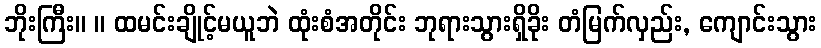
ဘိုးကြီး။ ။ ထမင်းချိုင့်မယူဘဲ ထုံးစံအတိုင်း ဘုရားသွားရှိခိုး တံမြက်လှည်း, ကျောင်းသွား